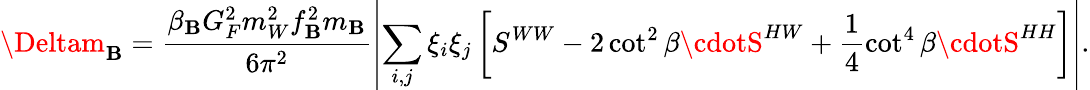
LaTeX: \Deltam_{\mathbf{B}}=\frac{{\beta_{\mathbf{B}}G_{F}^{2}m_{W}^{2}f_{\mathbf{B}}^{2}m_{\mathbf{B}}}}{{6\pi^{2}}}\left\vert\sum_{i,j}\xi_{i}\xi_{j}\left[S^{WW}-2\cot^{2}\beta\cdotS^{HW}+\frac{{1}}{{4}}\cot^{4}\beta\cdotS^{HH}\right]\right\vert.